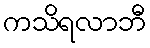
ကသိရလာဘီ